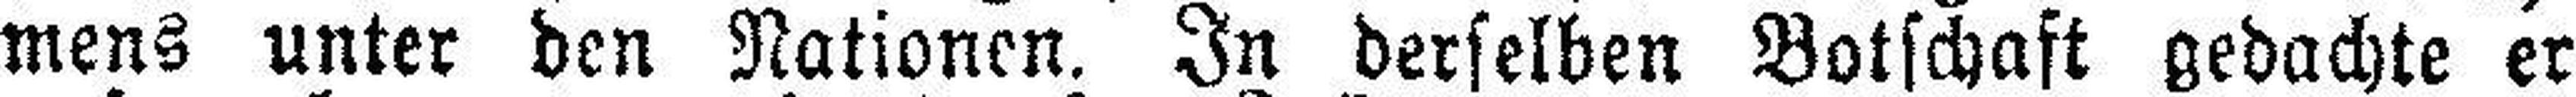
mens unter den Nationen. In derselben Botschaft gedachte er